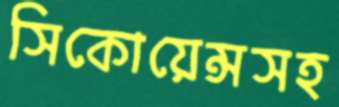
সিকোয়েন্সসহ